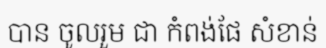
បាន ចូលរួម ជា កំពង់ផែ សំខាន់